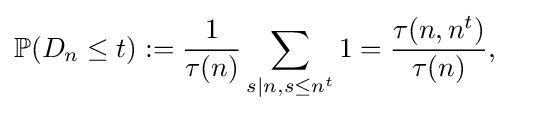
\mathbb {P} (D_{n}\leq t):={\frac {1}{\tau (n)}}\sum \limits _{s|n,s\leq n^{t}}1={\frac {\tau (n,n^{t})}{\tau (n)}},\quad